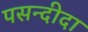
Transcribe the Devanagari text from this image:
पसन्‍दीदा